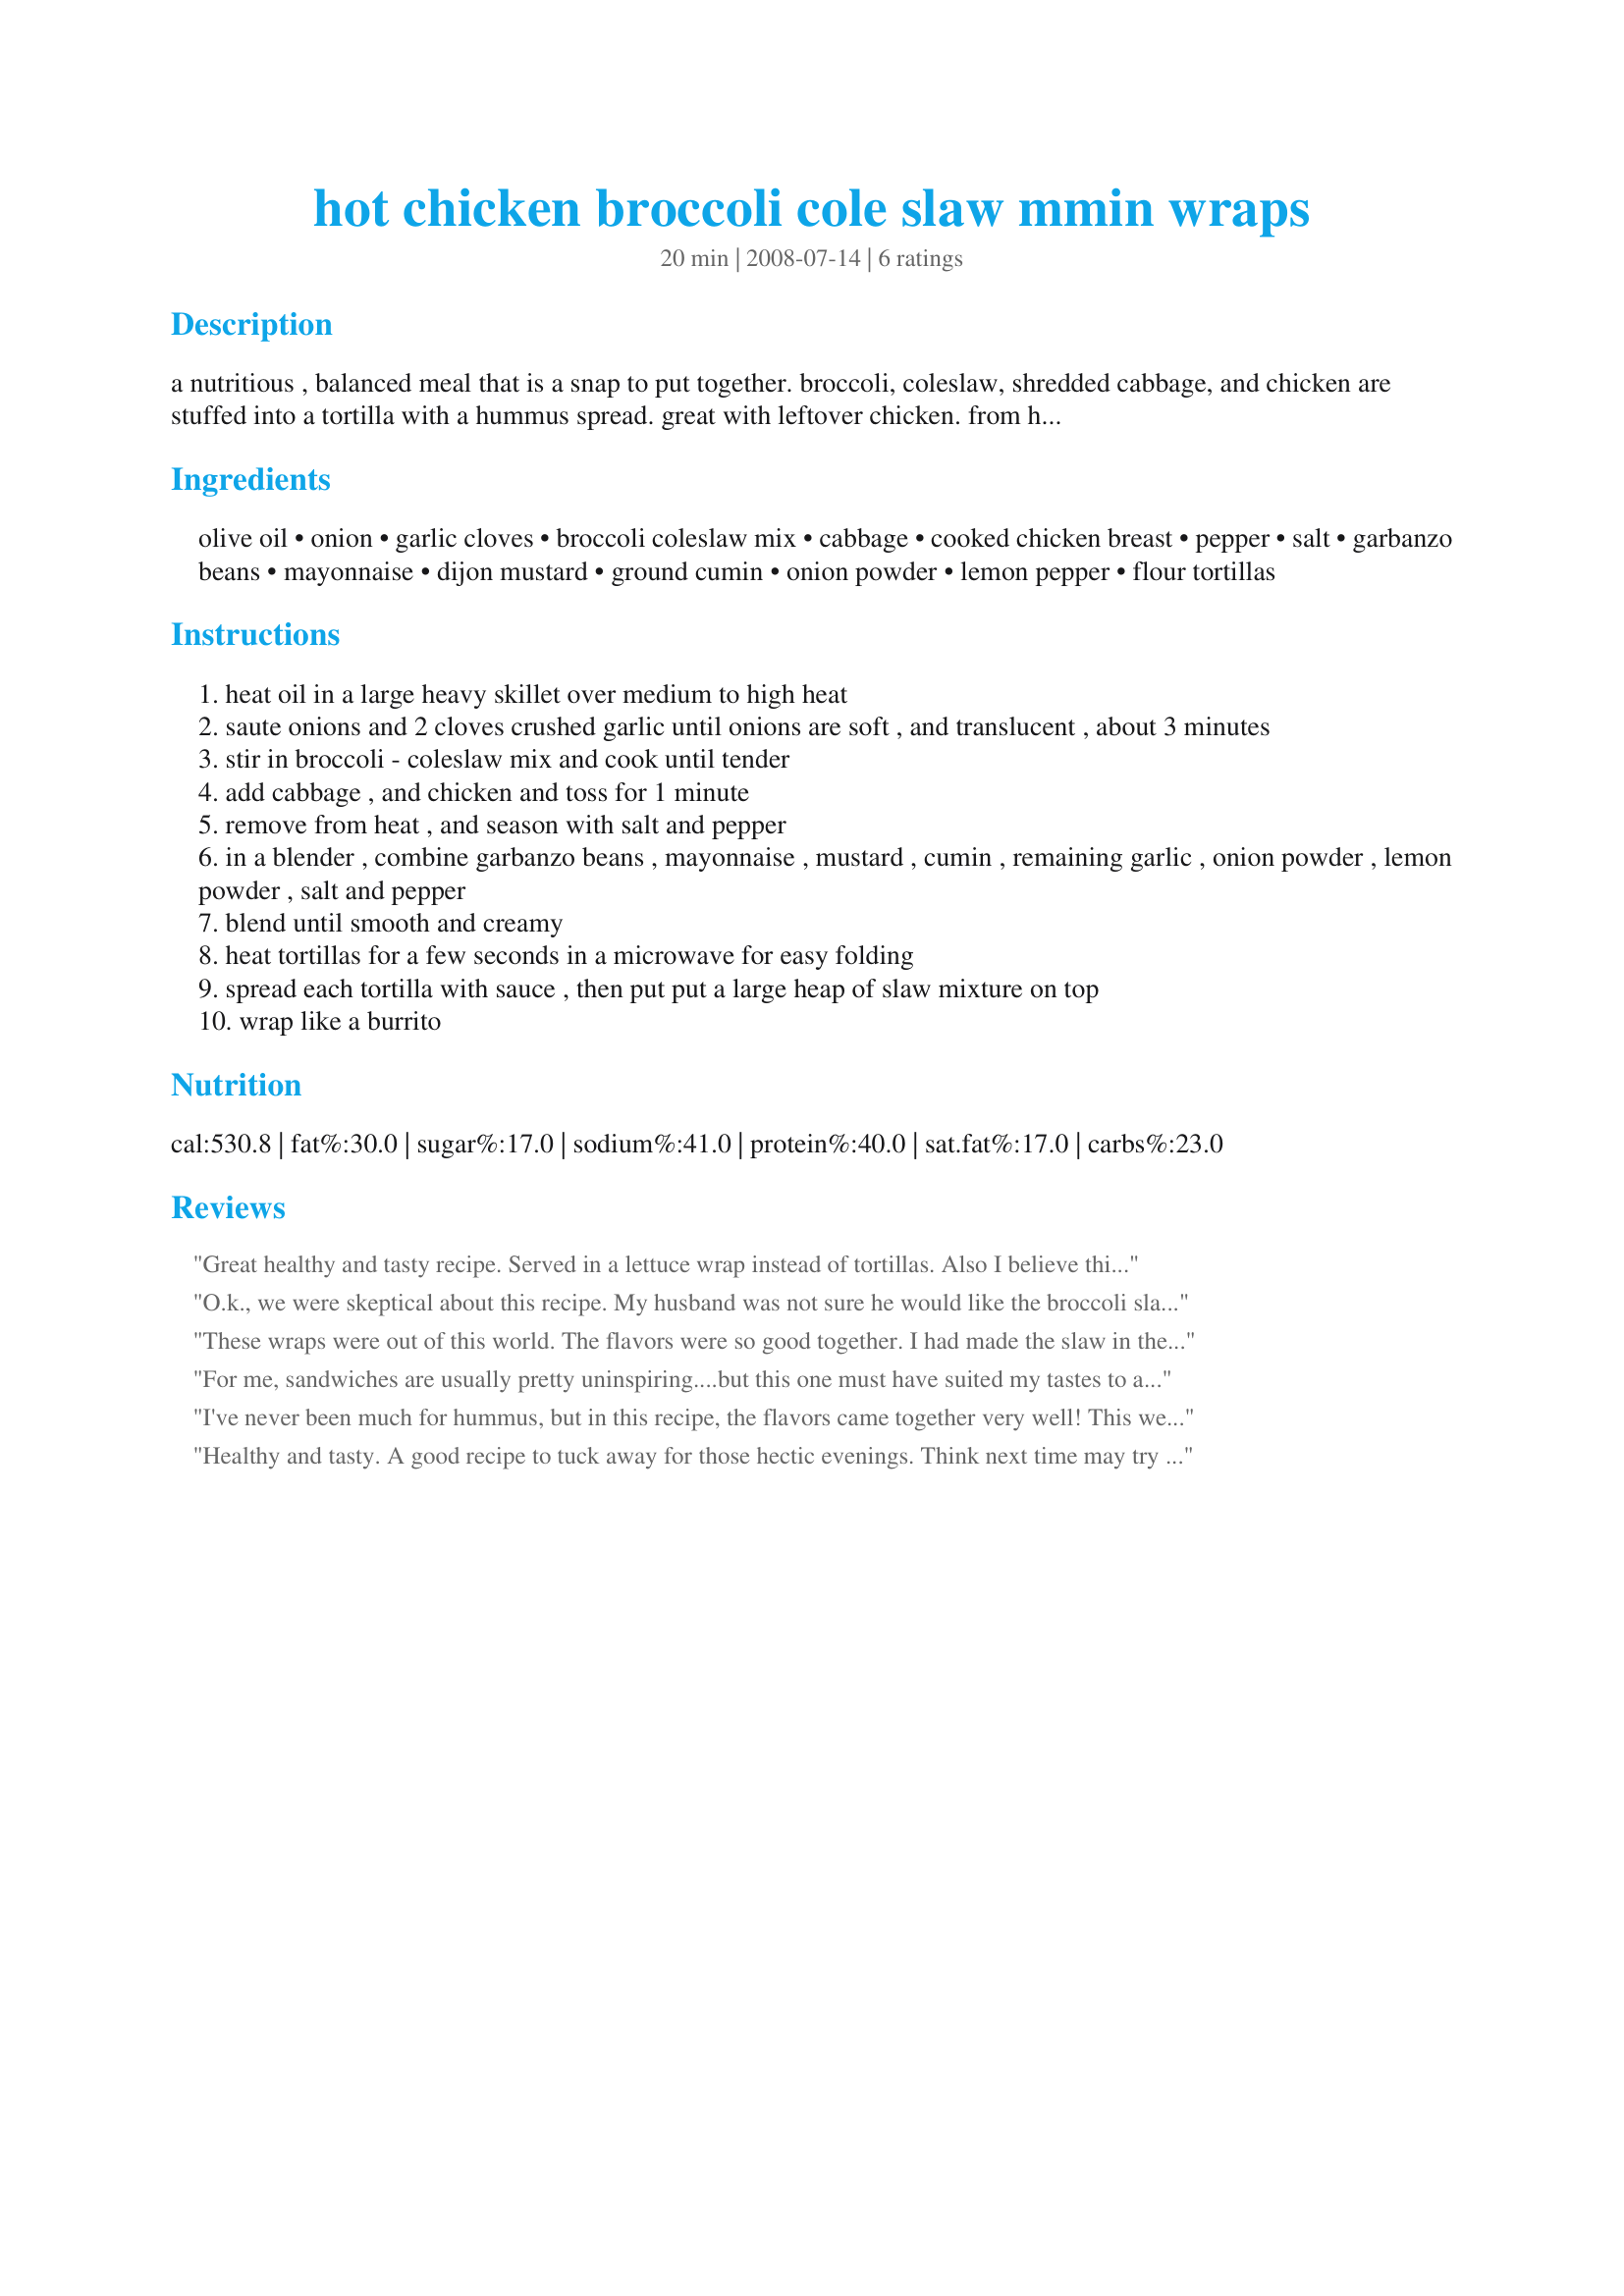
hot chicken broccoli cole slaw mmin wraps
Preparation time: 20 minutes

a nutritious , balanced meal that is a snap to put together. broccoli, coleslaw, shredded cabbage, and chicken are stuffed into a tortilla with a hummus spread. great with leftover chicken. from healthy eating.com

Ingredients:
olive oil, onion, garlic cloves, broccoli coleslaw mix, cabbage, cooked chicken breast, pepper, salt, garbanzo beans, mayonnaise, dijon mustard, ground cumin, onion powder, lemon pepper, flour tortillas

Steps:
heat oil in a large heavy skillet over medium to high heat
saute onions and 2 cloves crushed garlic until onions are soft , and translucent , about 3 minutes
stir in broccoli - coleslaw mix and cook until tender
add cabbage , and chicken and toss for 1 minute
remove from heat , and season with salt and pepper
in a blender , combine garbanzo beans , mayonnaise , mustard , cumin , remaining garlic , onion powder , lemon powder , salt and pepper
blend until smooth and creamy
heat tortillas for a few seconds in a microwave for easy folding
spread each tortilla with sauce , then put put a large heap of slaw mixture on top
wrap like a burrito

Reviews:
Great healthy and tasty recipe. Served in a lettuce wrap instead of tortillas. Also I believe this is enough for 10 servings. Will keep and make again.
O.k., we were skeptical about this recipe. My husband was not sure he would like the broccoli slaw, but both of us really liked the combination in this slaw. The hummus is a nice healthy substitute for mayo.
These wraps were out of this world. The flavors were so good together. I had made the slaw in the morning for lunch and just reheated the mixture a bit in the micro and assembled at work. I did cut the recipe in half though since we were only 2. Also I too didn't add the cabbage because there was cabbage in the broccoli slaw. This recipe was very quick to prepare and the result was just so yummy !!! Thanks so much for sharing weekend cooker. I just served it with some homemade pickles and beets. I will be serving this wrap more often.
For me, sandwiches are usually pretty uninspiring....but this one must have suited my tastes to a T!!! I made minimal alterations as follows; first off, I just 'eye-balled' the ingredient ratios to make enough for one good sized wrap. Secondly, the broccoli slaw mix I use contains red cabbage, so I did not add any additional and last, I feared that the leftover chicken breast I was using was pretty bland, so I added a dash of cayanne along with the salt and pepper near then end of the saute process. Wrapped in a whole wheat/high fiber/low carb tortilla this made for a healthy, quick and YUMMY lunch! The added bonus for me, though, is the embedded Hummus dip/spread recipe. I will NEVER again pay darn near $5 per jar for my favorite Hummus dip! With AND without the wrap, I will be making the Hummus again and again. Thanks for a terrific post!
I've never been much for hummus, but in this recipe, the flavors came together very well! This went together quickly, among other reasons because I had a good amount of shredded chicken breast in the freezer just waiting for a recipe like this! Definitely a keeper of a recipe! Thanks for sharing it1 [Tagged, made & reviewed in Potluck tag]
Healthy and tasty. A good recipe to tuck away for those hectic evenings. Think next time may try taking Wing-Manâ€™s suggestion and try using lettuce in place of tortillas. Thanks for the post.
